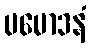
ပမောဒနံ